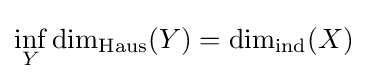
\inf _{Y}\dim _{\operatorname {Haus} }(Y)=\dim _{\operatorname {ind} }(X)